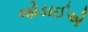
જોડાઈએ